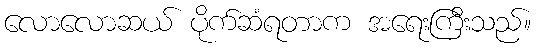
လောလောဆယ် ပိုက်ဆံရတာက အရေးကြီးသည်။